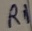
Text: R1